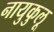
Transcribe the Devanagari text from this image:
नायुकुलू